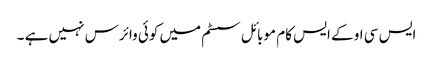
ایس سی او کے ایس کام موبائل سسٹم میں کوئی وائرس نہیں ہے ۔